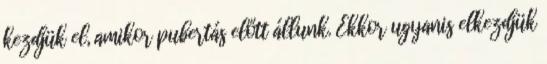
kezdjük el, amikor pubertás előtt állunk. Ekkor ugyanis elkezdjük